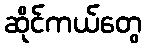
ဆိုင်ကယ်တွေ